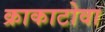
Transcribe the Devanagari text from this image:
क्राकाटोवा